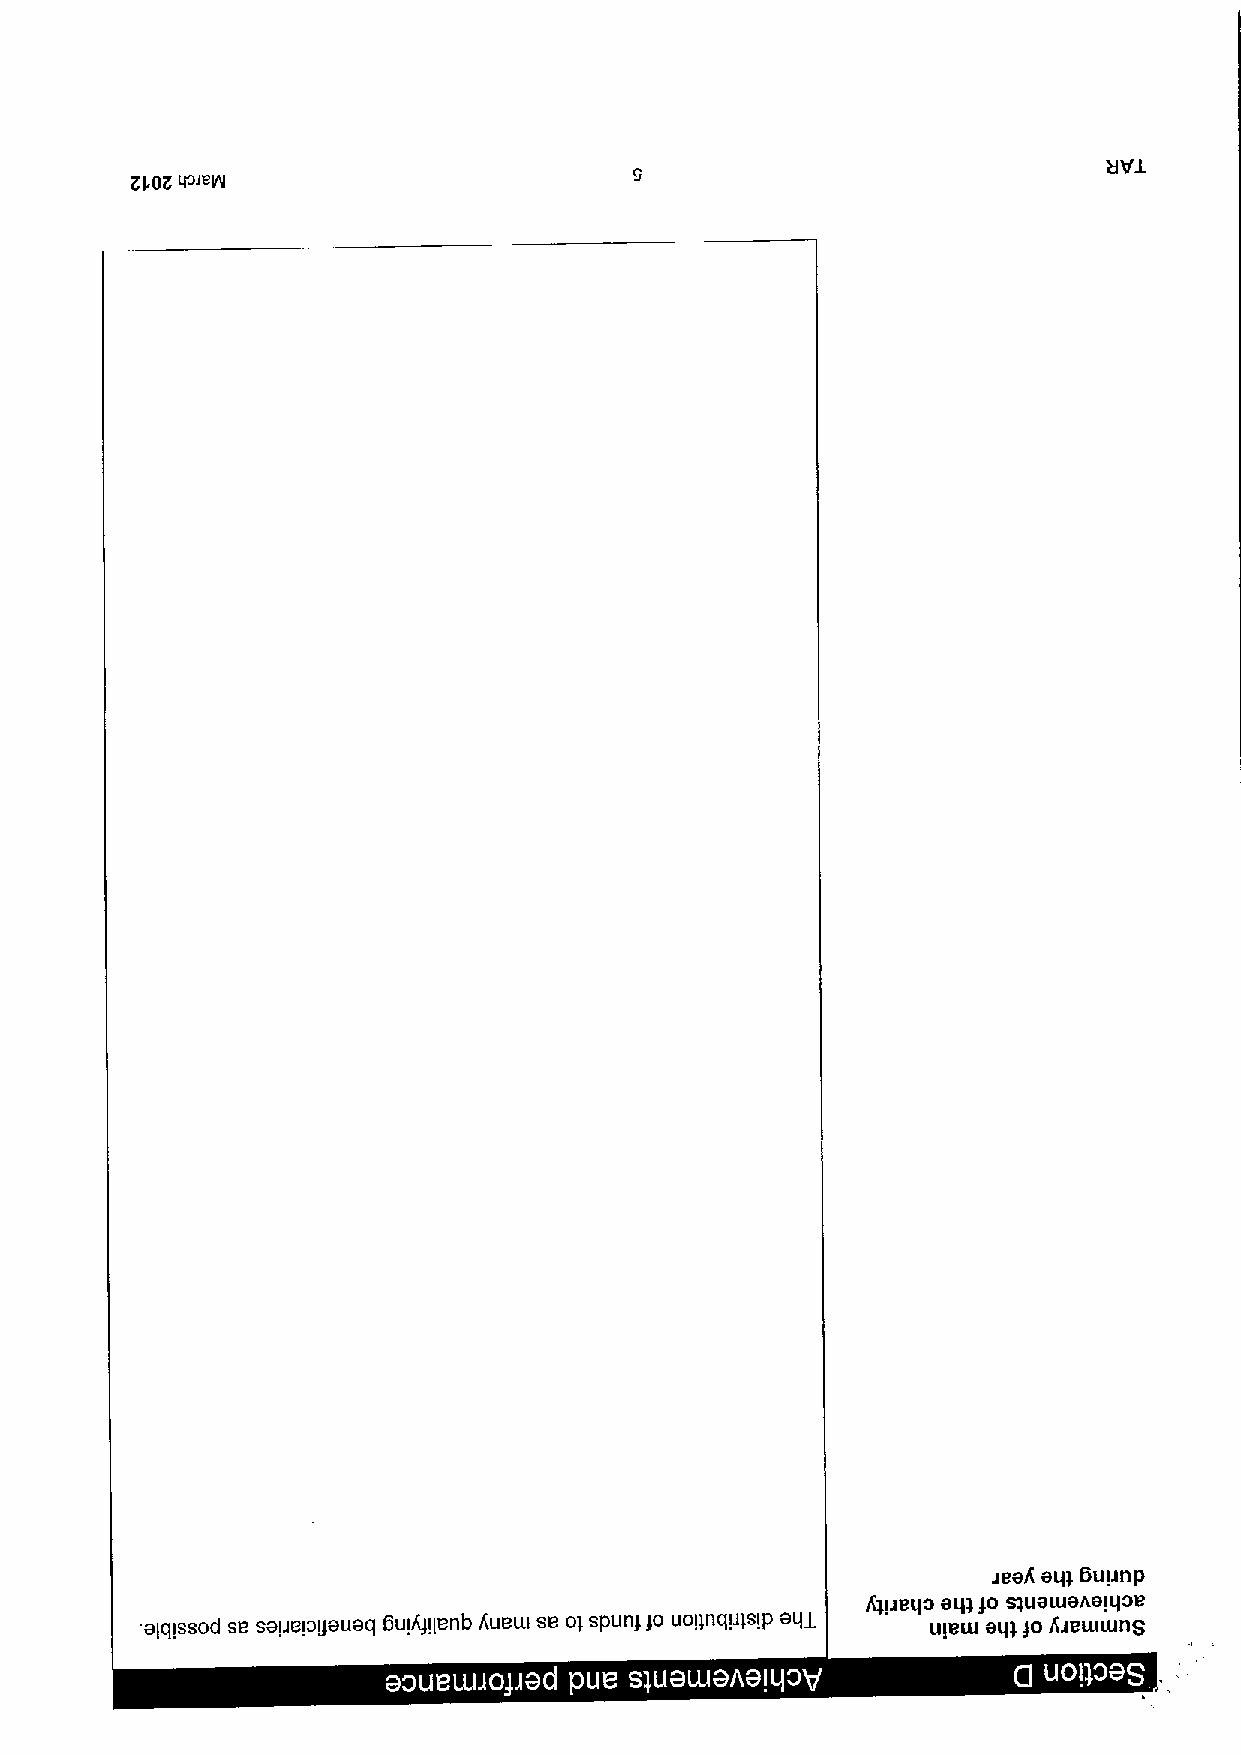
qs'sW
 Kl OK
 isa
 aq& 6uI&np
 Qpeqo am go squawaAOIqoe
 aIqIssod se saIjeIogauaq buIANenb Auem se ol spunk ~o uoIInquIsIp aqua uIew aq& ~o A'&ewwnS
 ~  ~ ~